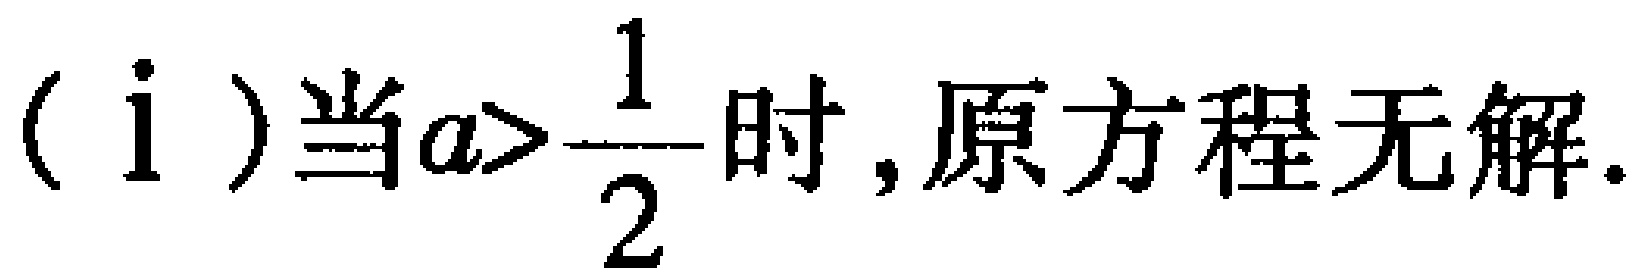
（i ）当\(a>\dfrac{1}{2}\)时，原方程无解.